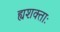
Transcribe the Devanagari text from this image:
ह्यशक्ताः